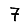
Digit: 7